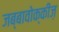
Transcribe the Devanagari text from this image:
जब्बावोक्कीज़